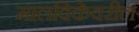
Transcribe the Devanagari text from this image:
मालविकेवरील